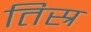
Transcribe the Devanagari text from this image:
तिस्र